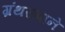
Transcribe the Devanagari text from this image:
ग्रंथरुपाने